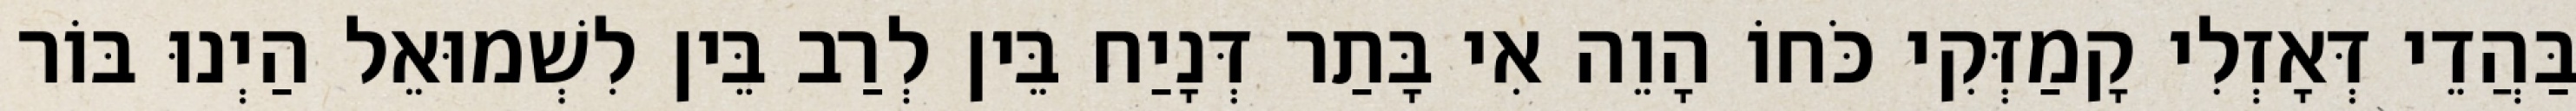
בַּהֲדֵי דְּאָזְלִי קָמַזְּקִי כֹּחוֹ הָוֵה אִי בָּתַר דְּנָיַח בֵּין לְרַב בֵּין לִשְׁמוּאֵל הַיְנוּ בּוֹר